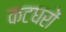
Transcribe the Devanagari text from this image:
कटघरों